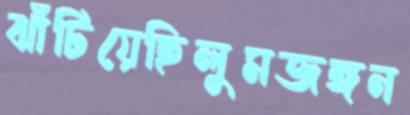
ঝাঁটিয়েছিলুমজঙ্গন